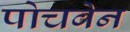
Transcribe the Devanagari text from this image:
पोचवेन